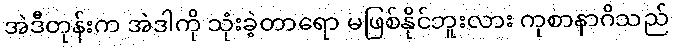
အဲဒီတုန်းက အဲဒါကို သုံးခဲ့တာရော မဖြစ်နိုင်ဘူးလား ကုစာနာဂိသည်